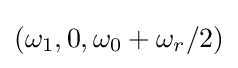
(\omega _{1},0,\omega _{0}+\omega _{r}/2)